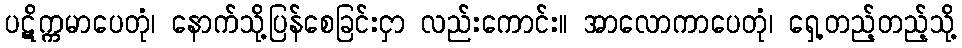
ပဋိက္ကမာပေတုံ၊ နောက်သို့ပြန်စေခြင်းငှာ လည်းကောင်း။ အာလောကာပေတုံ၊ ရှေ့တည့်တည့်သို့